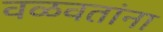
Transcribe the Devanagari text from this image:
वळवतांना